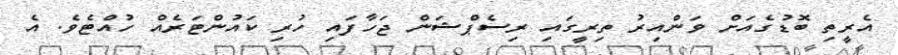
އެރީތި ބޮޑުގެއަށް ވަންއިރު ތިރީގައި ރިސެޕްޝަން ޖަހާފައި ހުރި ކައުންޓަރެއް ހުއްޓެވެ. އެ